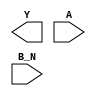
module sky130_fd_sc_hd__nor2b (
    Y  ,
    A  ,
    B_N
);

    output Y  ;
    input  A  ;
    input  B_N;

    // Voltage supply signals
    supply1 VPWR;
    supply0 VGND;
    supply1 VPB ;
    supply0 VNB ;

endmodule